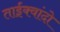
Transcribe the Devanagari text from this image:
ताईक्वांदो